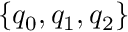
\{ q _ { 0 } , q _ { 1 } , q _ { 2 } \}